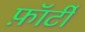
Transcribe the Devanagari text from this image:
फ़ॉर्टी